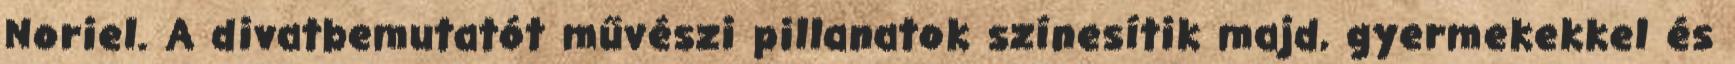
Noriel. A divatbemutatót művészi pillanatok színesítik majd, gyermekekkel és